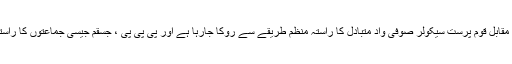
اور مذہبی جنونیت ، تکفیریت ، انتہاپسندی کے مقابل قوم پرست سیکولر صوفی واد متبادل کا راستہ منظم طریقے سے روکا جارہا ہے اور پی پی پی ، جسقم جیسی جماعتوں کا راستہ ملڑی اسٹبلشمنٹ روکنے میں لگی ہوئی ہے ۔